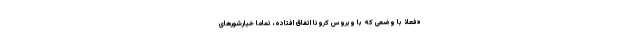
«فعلاً با وضعی که با ویروس کرونا اتفاق افتاده، تماماً خیارشورهای